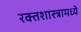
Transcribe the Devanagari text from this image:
रक्तशास्त्रामध्ये